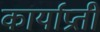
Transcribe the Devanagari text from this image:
कार्याप्रती